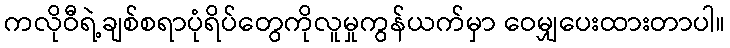
ကလိုဝီရဲ့ချစ်စရာပုံရိပ်တွေကိုလူမှုကွန်ယက်မှာ ဝေမျှပေးထားတာပါ။